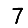
Digit: 7